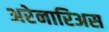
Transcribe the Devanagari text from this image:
अरेनारिअस